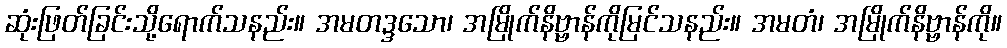
ဆုံးဖြတ်ခြင်းသို့ရောက်သနည်း။ အမတဒ္ဒသော၊ အမြိုက်နိဗ္ဗာန်ကိုမြင်သနည်း။ အမတံ၊ အမြိုက်နိဗ္ဗာန်ကို။